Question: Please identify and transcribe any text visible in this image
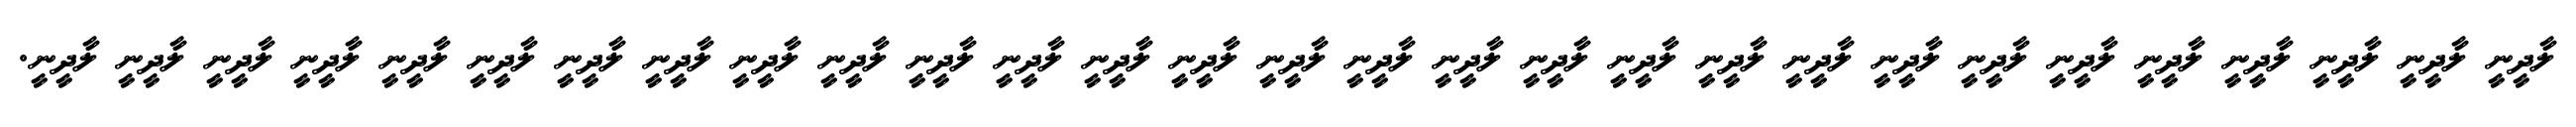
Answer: ލާދީނީ ލާދީނީ ލާދީނީ ލާދީނީ ލާދީނީ ލާދީނީ ލާދީނީ ލާދީނީ ލާދީނީ ލާދީނީ ލާދީނީ ލާދީނީ ލާދީނީ ލާދީނީ ލާދީނީ ލާދީނީ ލާދީނީ ލާދީނީ ލާދީނީ ލާދީނީ ލާދީނީ ލާދީނީ ލާދީނީ ލާދީނީ ލާދީނީ ލާދީނީ ލާދީނީ ލާދީނީ ލާދީނީ.